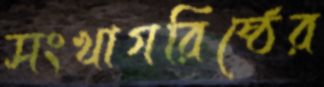
সংখাগরিষ্ঠের